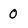
Character: 0